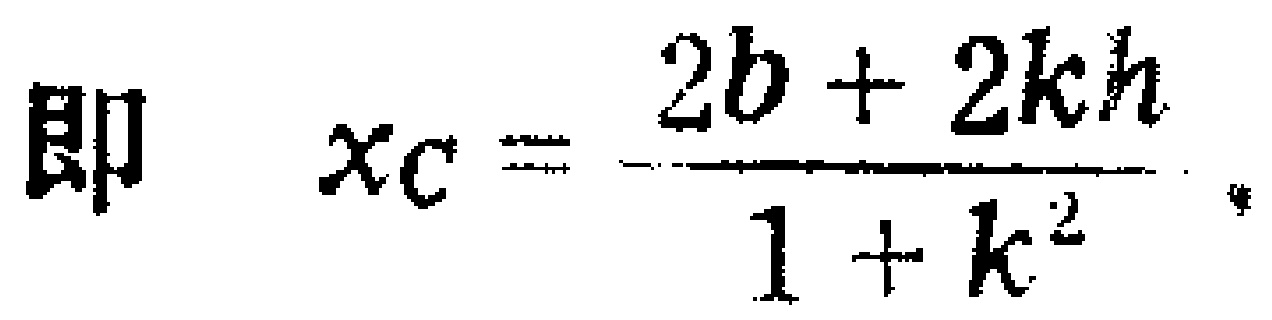
即 \(x_{C}=\frac{2b + 2kh}{1 + k^{2}}\) 。